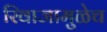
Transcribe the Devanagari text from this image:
रिवाजामुळेच